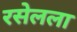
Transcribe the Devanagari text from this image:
रसेलला